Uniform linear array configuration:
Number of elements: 24
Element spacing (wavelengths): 0.25
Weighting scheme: hann
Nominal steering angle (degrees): -30
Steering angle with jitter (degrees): -28.942
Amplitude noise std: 0.05
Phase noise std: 0.05

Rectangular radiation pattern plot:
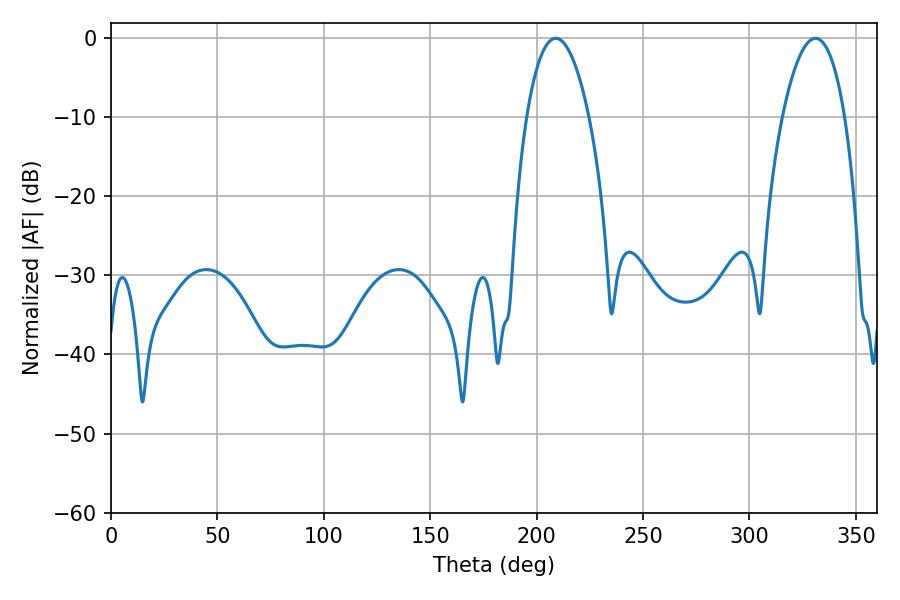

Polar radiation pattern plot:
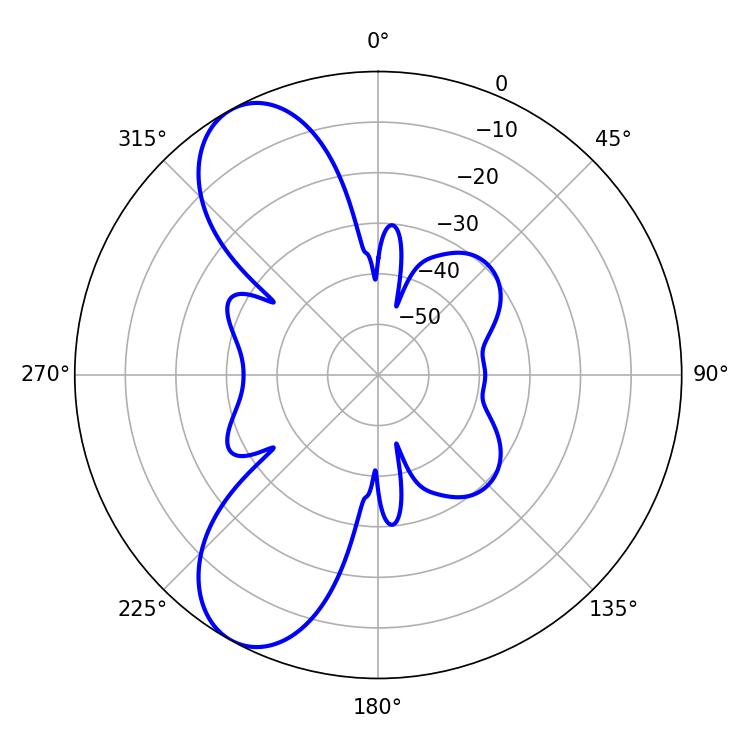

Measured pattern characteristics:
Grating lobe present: FALSE
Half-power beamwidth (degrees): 16.38
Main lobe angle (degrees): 208.98